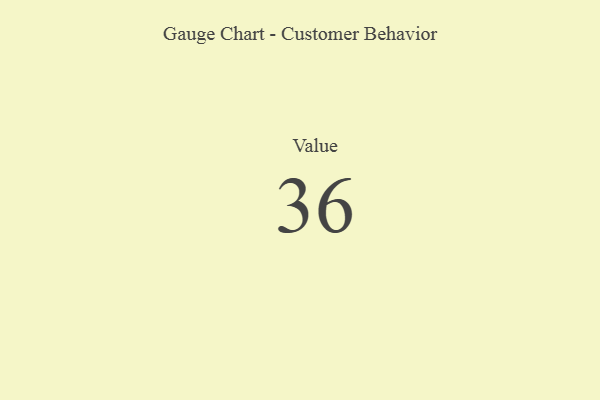
{"axis": {"x": "Metric", "y": "Value"}, "legend": [""], "data": [{"x": "Value", "y": 36, "type": ""}]}